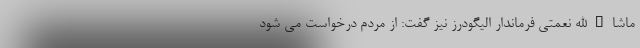
ماشاءالله نعمتی فرماندار الیگودرز نیز گفت: از مردم درخواست می شود